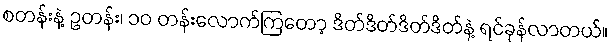
စတန်းနဲ့ ဥတန်း၊ ၁၀ တန်းလောက်ကြတော့ ဒိတ်ဒိတ်ဒိတ်ဒိတ်နဲ့ ရင်ခုန်လာတယ်။